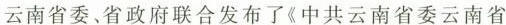
云南省委、省政府联合发布了《中共云南省委云南省